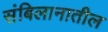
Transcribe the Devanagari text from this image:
संबिलानातील